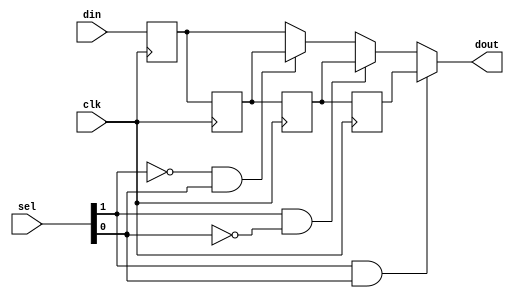
module fifo_registers(
    input [7:0] din,
    input [1:0] sel,
    input clk,
    output [7:0] dout
);

    reg [7:0] data_A = 8'b0;
    reg [7:0] data_B = 8'b0;
    reg [7:0] data_C = 8'b0;
    reg [7:0] data_D = 8'b0;

    always @(posedge clk) begin
        data_A <= din;
        data_B <= data_A;
        data_C <= data_B;
        data_D <= data_C;
    end

    assign dout = ( sel[1]& sel[0]) ? data_D :
                  ( sel[1]&!sel[0]) ? data_C :
                  (!sel[1]& sel[0]) ? data_B :
                  data_A;

endmodule